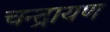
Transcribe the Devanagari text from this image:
चन्द्रायण